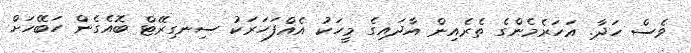
ވެސް ހަދާ. އަހަރެމެންގެ ތެރެއިން އާދައިގެ މީހަކު އެއްފަހަރަކު ސިނގިރޭޓް ބޮއެގެން ހަބޭހަށް